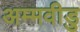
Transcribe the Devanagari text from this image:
अम्मवीडु